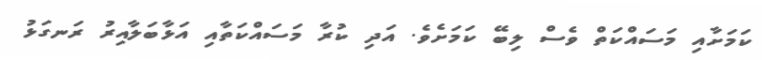
ކަމަށާއި މަސައްކަތް ވެސް ލިބޭ ކަމަށެވެ. އަދި ކުރާ މަސައްކަތާއި އަޅާބަލާއިރު ރަނގަޅު